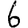
Digit: 6